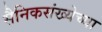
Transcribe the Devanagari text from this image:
सैनिकसंख्येच्या